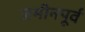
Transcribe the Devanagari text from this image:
जमीनपूर्व